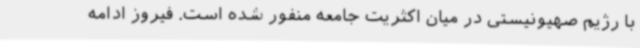
با رژیم صهیونیستی در میان اکثریت جامعه منفور شده است. فیروز ادامه